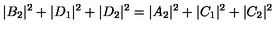
| B _ { 2 } | ^ { 2 } + | D _ { 1 } | ^ { 2 } + | D _ { 2 } | ^ { 2 } = | A _ { 2 } | ^ { 2 } + | C _ { 1 } | ^ { 2 } + | C _ { 2 } | ^ { 2 }